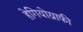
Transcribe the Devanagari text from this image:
हेगियोग्राफी